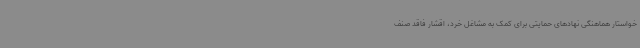
خواستار هماهنگی نهادهای حمایتی برای کمک به مشاغل خرد، اقشار فاقد صنف